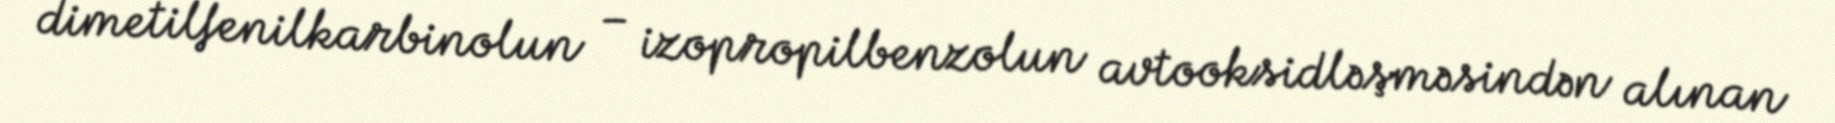
dimetilfenilkarbinolun – izopropilbenzolun avtooksidləşməsindən alınan